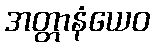
အတ္တာနံယေဝ